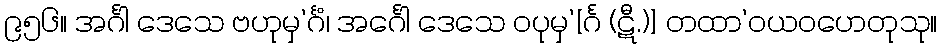
၉၅၆။ အင်္ဂါ ဒေသေ ဗဟုမှ’င်္ဂံ၊ အင်္ဂေါ ဒေသေ ဝပုမှ’[င်္ဂ (ဋီ.)] တထာ’ဝယဝဟေတုသု။